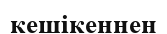
кешікеннен